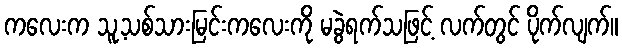
ကလေးက သူ့သစ်သားမြင်းကလေးကို မခွဲရက်သဖြင့် လက်တွင် ပိုက်လျက်။